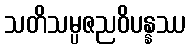
သတိသမ္ပဇညဝိပန္နဿ